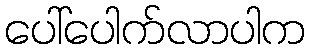
ပေါ်ပေါက်လာပါက